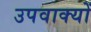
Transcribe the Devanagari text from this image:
उपवाक्यों